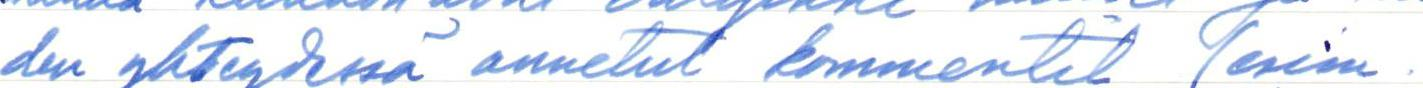
den yhteydessä annetut kommentit (esim.